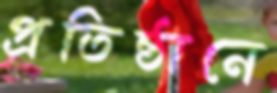
প্রতিষ্ঠানে